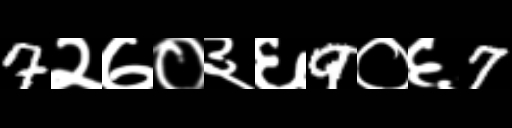
Text: 7२७०३६9०६7